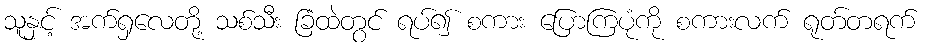
သူနှင့် အက်ရှလေတို့ သစ်သီး ခြံထဲတွင် ရပ်၍ စကား ပြောကြပုံကို စကားလက် ရုတ်တရက်